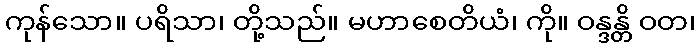
ကုန်သော။ ပရိသာ၊ တို့သည်။ မဟာစေတိယံ၊ ကို။ ဝန္ဒန္တိ ဝတ၊